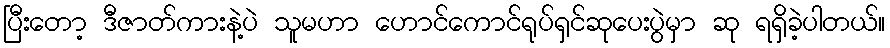
ပြီးတော့ ဒီဇာတ်ကားနဲ့ပဲ သူမဟာ ဟောင်ကောင်ရုပ်ရှင်ဆုပေးပွဲမှာ ဆု ရရှိခဲ့ပါတယ်။